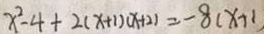
x ^ { 2 } - 4 + 2 ( x + 1 ) ( x + 2 ) = - 8 ( x + 1